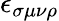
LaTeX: \epsilon_{\sigma\mu\nu\rho}